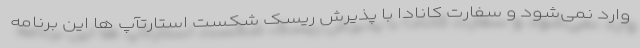
وارد نمی‌شود و سفارت کانادا با پذیرش ریسک شکست استارتآپ ها این برنامه